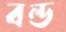
বল্ড